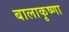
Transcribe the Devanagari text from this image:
बालाकृष्णा